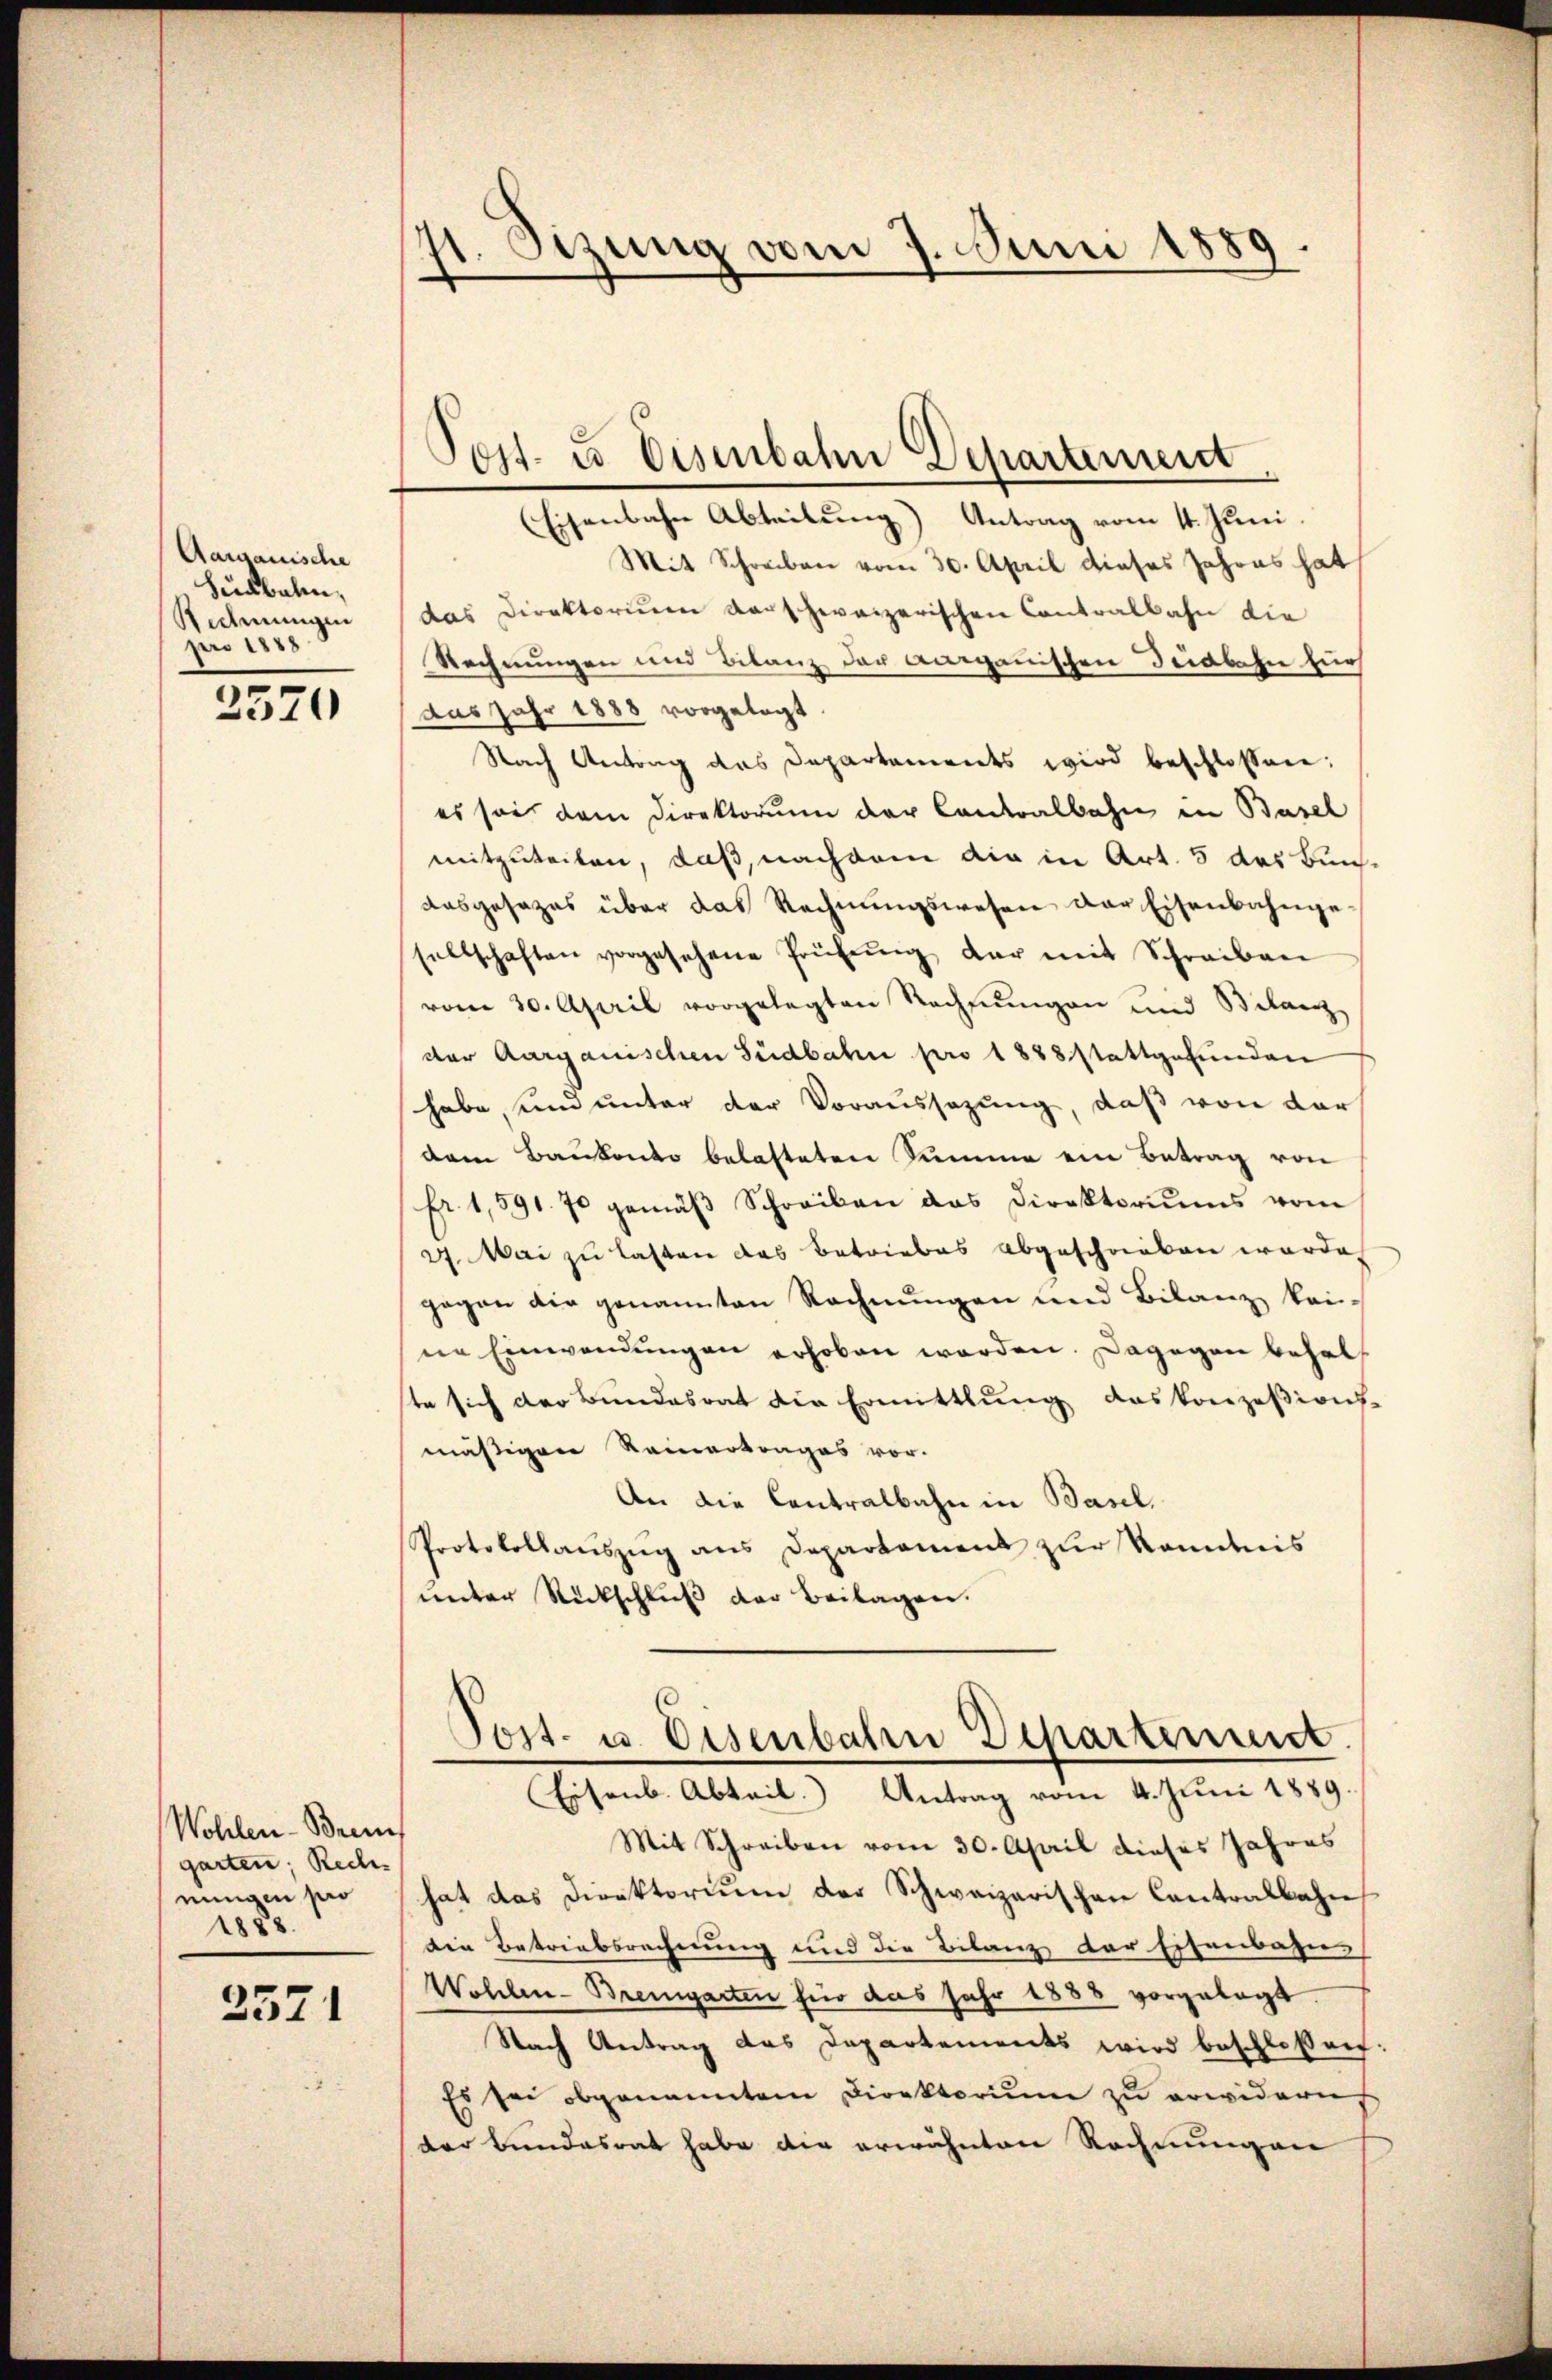
Aargauische
hürbalm,
Rechnungen
pro 1883

2570

Wohlen-Brem
garten; Rech
einigen pro
1888.

2571

st. Sitzung vom 7. Juni 1889.

Post- & Eisenbahn Departement

Eisenbahn Abteilung) Antrag vom 11. Juni.
Mit Schreiben vom 30. April dieses Jahres hat
das Direktorium verschweizerischen Contralbahn die
Rechnungen und Bilanz der aarganischen Südbahn für
aas Jahr 1888 vorgelegt
Nach Antrag das Departements wird beschlossen:
es sei dem Direktorium der Contralbahn in Basel
mitzuteilen, daß, nachdem dir in Art. 5 das Bunausgesezes über das Rechnŭngswesen der Eisenbahngesellschaften vorgesehene Prüfŭng der mit Schreiben
vom 30. April vorgelegten Rechnungen und Bilanz
der Aargauischen Südbahn pro 1888 stattgefunden
habe, und unter der Voraussagung, daß von dar
dem Baukonto belasteten Summe ein Betrag von
fr. 1,591. 70 gemäβ Schreiben das Direktoriums vom
27. Mai zu lasten das Betriebes abgeschrieben worde
gegen die genannten Rechnungen und Bilanz kei-
ne Einwendungen erhoben werden. Dagegen behalte sich der Bundesrat die Ermittlung das konzessions-
mäßigene Reinertrages vor.
An die Contralbahn in Basel,
Protokollauszug aus Departament zŭr Kondnis
unter Rückschluß der Beilagen.
Post- u. Eisenbahrn Departement
Eisenb. Abteil. Antrag vom 4. Juni 1889.
Mit Schreiben vom 30. April dieses Jahres
hat das Direktorium der Schweizerischen Contralbahn
Die Betriebsrechnung und die Bilanz der Eisenbahn-
Wohlen-Bremgarten für das Jahr 1888 vorgelegt.
Nach Antrag das Departements wird beschloßen
Es sei obgenanntem Direktorium zu erwidern
der Bundesrat habe die erwähnten Rechnungen